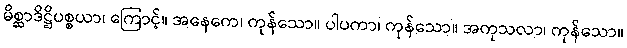
မိစ္ဆာဒိဋ္ဌိပစ္စယာ၊ ကြောင့်။ အနေကေ၊ ကုန်သော။ ပါပကာ၊ ကုန်သော။ အကုသလာ၊ ကုန်သော။